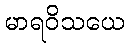
မာရဝိသယေ